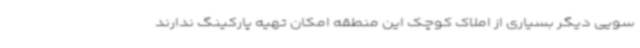
سویی دیگر بسیاری از املاک کوچک این منطقه امکان تهیه پارکینگ ندارند